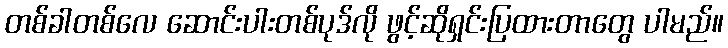
တစ်ခါတစ်လေ ဆောင်းပါးတစ်ပုဒ်လို ဖွင့်ဆိုရှင်းပြထားတာတွေ ပါမည်။